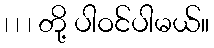
၊ ၊ ၊ တို့ ပါဝင်ပါမယ်။